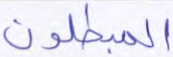
المبطلون